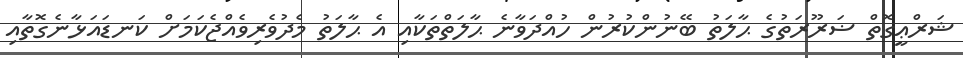
ޝަރްޢީގޮތް ޟަރޫރަތުގެ ޙާލަތު ބޭނުންކުރުން ހުއްދަވާނެ ޙާލަތްތަކާއި އެ ޙާލަތު މެދުވެރިވެއްޖެކަމަށް ކަނޑައަޅާނެގޮތާއި